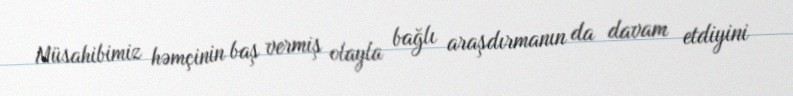
Müsahibimiz həmçinin baş vermiş olayla bağlı araşdırmanın da davam etdiyini